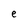
Character: e